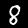
Digit: 8